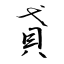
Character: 貣